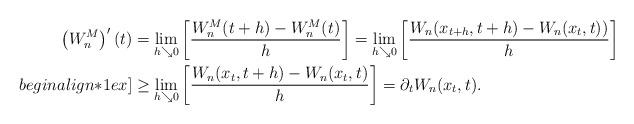
LaTeX: \begin{align*}\left(W_{n}^{M}\right)'(t) &= \lim_{h \searrow 0} \left[ \frac{W_{n}^{M}(t+h) - W_{n}^{M}(t)}{h} \right] = \lim_{h \searrow 0} \left[ \frac{W_{n}(x_{t+h},t+h) - W_{n}(x_{t},t))}{h} \right] \\begin{align*}1ex] &\ge \lim_{h \searrow 0} \left[ \frac{W_{n}(x_{t},t+h) - W_{n}(x_{t},t)}{h} \right] = \partial_{t}W_{n}(x_{t},t). \end{align*}